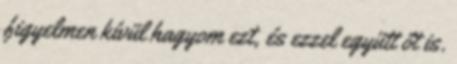
figyelmen kívül hagyom ezt, és ezzel együtt őt is.